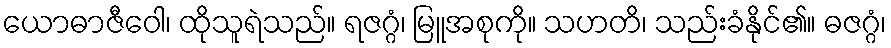
ယောဓာဇီဝေါ၊ ထိုသူရဲသည်။ ရဇဂ္ဂံ၊ မြူအစုကို။ သဟတိ၊ သည်းခံနိုင်၏။ ဓဇဂ္ဂံ၊